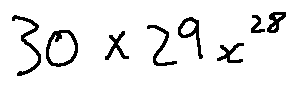
3 0 \times 2 9 x ^ { 2 8 }